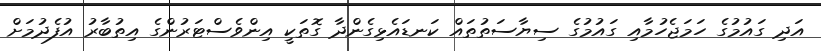
އަދި ގައުމުގެ ހަމަޖެހުމާއި ގައުމުގެ ސިޔާސަތުތައް ކަނޑައެޅިގެންދާ ގޮތަކީ އިންވެސްޓަރުންގެ އިތުބާރު އުފެދުމަށް